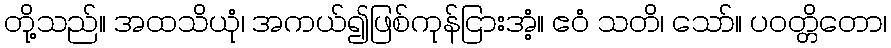
တို့သည်။ အထသိယုံ၊ အကယ်၍ဖြစ်ကုန်ငြားအံ့။ ဧဝံ သတိ၊ သော်။ ပဝတ္တိတော၊